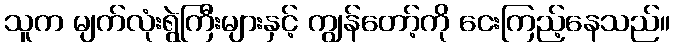
သူက မျက်လုံးရွဲကြီးများနှင့် ကျွန်တော့်ကို ငေးကြည့်နေသည်။